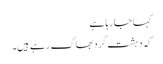
کہا جا رہا ہے
کہ دہشت گرد بھاگ رہے ہیں۔